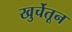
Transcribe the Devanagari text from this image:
खुर्चेतून